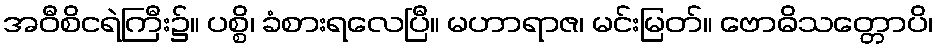
အဝီစိငရဲကြီး၌။ ပစ္စိ၊ ခံစားရလေပြီ။ မဟာရာဇ၊ မင်းမြတ်။ ဗောဓိသတ္တောပိ၊